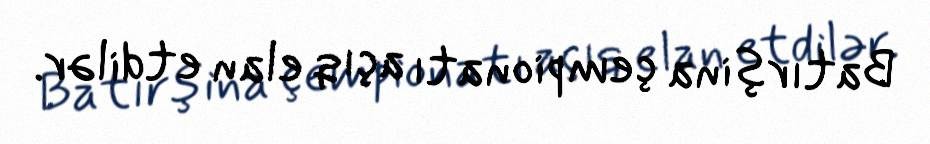
Batırşina çempionatı açıq elan etdilər.